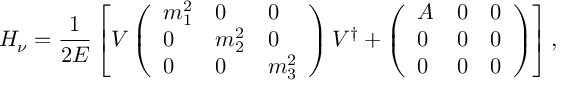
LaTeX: { \cal H } _ { \nu } = \frac { 1 } { 2 E } \left[ V \left( \begin{array} { l l l } { { m _ { 1 } ^ { 2 } } } & { { 0 } } & { { 0 } } \\ { { 0 } } & { { m _ { 2 } ^ { 2 } } } & { { 0 } } \\ { { 0 } } & { { 0 } } & { { m _ { 3 } ^ { 2 } } } \end{array} \right) V ^ { \dagger } + \left( \begin{array} { l l l } { { A } } & { { 0 } } & { { 0 } } \\ { { 0 } } & { { 0 } } & { { 0 } } \\ { { 0 } } & { { 0 } } & { { 0 } } \end{array} \right) \right] ,